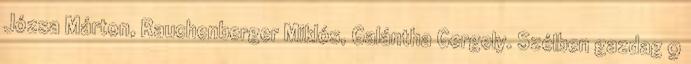
Józsa Márton, Rauchenberger Miklós, Galántha Gergely. Szélben gazdag 9